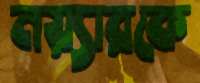
নয়্যারকে